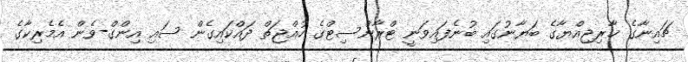
ޗައިނާގެ ޚާރިޖިއްޔާގެ ބަޔާނުގައި ބުނެފައިވަނީ ޓްރާންސިޓްގެ ހުއްޖަތް ދައްކައިގެން ސައި އިންގް-ވެން އެމެރިކާގެ